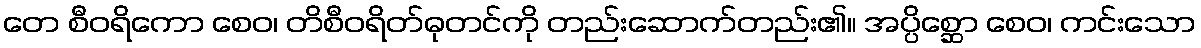
တေ စီဝရိကော စေဝ၊ တိစီဝရိတ်ဓုတင်ကို တည်းဆောက်တည်း၏။ အပ္ပိစ္ဆော စေဝ၊ ကင်းသော